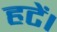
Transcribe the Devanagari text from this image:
हटें।